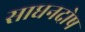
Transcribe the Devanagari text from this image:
साधनदोष